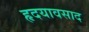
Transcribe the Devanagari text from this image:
हृदयावसाद